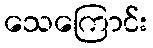
သေကြောင်း